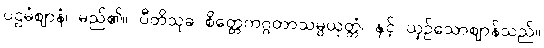
ပဌမံဈာနံ၊ မည်၏။ ပီတိသုခ စိတ္တေကဂ္ဂတာသမ္ပယုတ္တံ၊ နှင့် ယှဉ်သောဈာန်သည်။